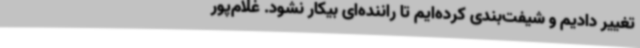
تغییر دادیم و شیفت‌بندی کرده‌ایم تا راننده‌ای بیکار نشود. غلام‌پور